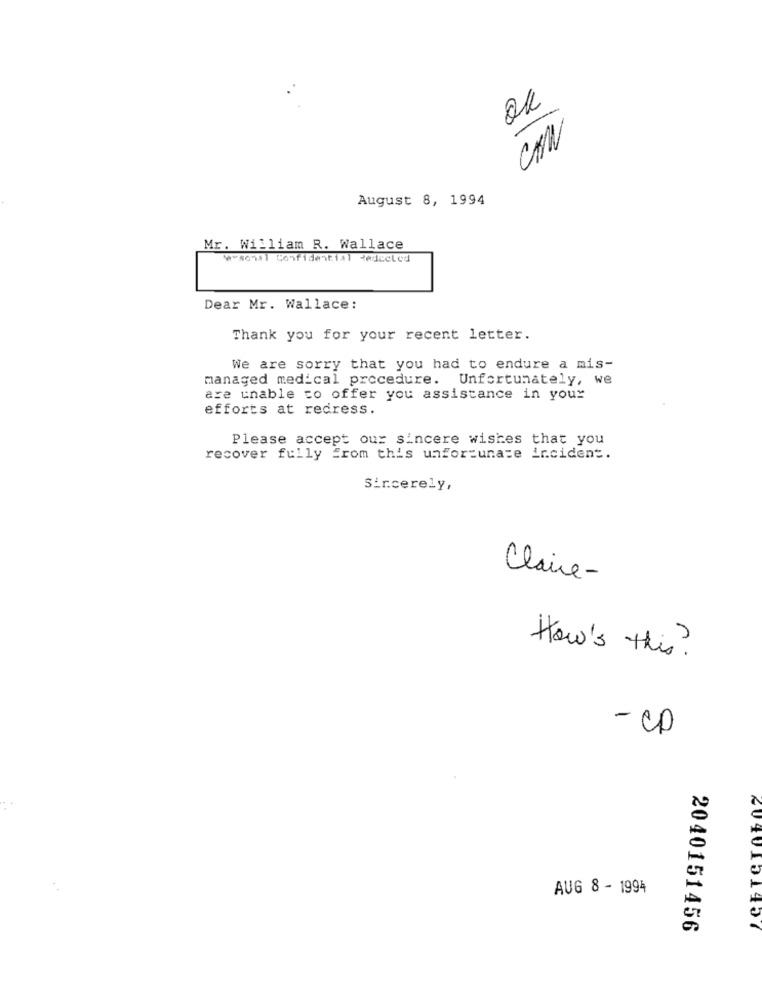
ou
CON
August 8, 1994
Mr. William R. Wallace
Mason Confidential Redecled
Dear Mr. Wallace:
Thank you for your recent letter.
We are sorry that you had to endure a mis-
managed medical procedure. Unfortunately, we
are unable to offer you assistance in your
efforts at redress.
Please accept our sincere wishes that you
recover fully from this unfortunate incident.
Sincerely,
Claire-
How's this ?
- Cp
AUG 8 - 1994
2040151456
2040151457